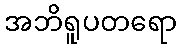
အဘိရူပတရော